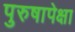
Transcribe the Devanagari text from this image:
पुरुषापेक्षा